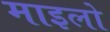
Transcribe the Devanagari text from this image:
माइलो